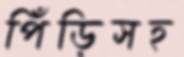
পিঁড়িসহ